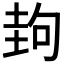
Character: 𡌲